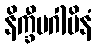
နိက္ခီပဂါမိနံ